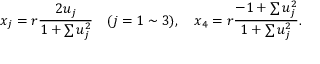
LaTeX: x _ { j } = r \frac { 2 u _ { j } } { 1 + \sum u _ { j } ^ { 2 } } \quad ( j = 1 \sim 3 ) , \quad x _ { 4 } = r \frac { - 1 + \sum u _ { j } ^ { 2 } } { 1 + \sum u _ { j } ^ { 2 } } .